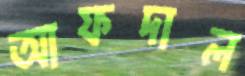
আফদাল